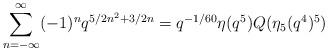
LaTeX: \begin{align*}\sum^{\infty}_{n=-\infty}(-1)^nq^{5/2n^2+3/2n}=q^{-1/60}\eta(q^5)Q(\eta_5(q^4)^5) \end{align*}